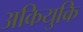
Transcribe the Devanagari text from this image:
अकियुकि